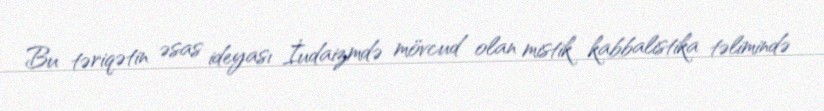
Bu təriqətin əsas ideyası İudaizmdə mövcud olan mistik kabbalistika təlimində